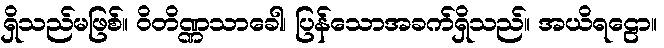
ရှိသည်မဖြစ်။ ဝိတိဏ္ဏသာခေါ၊ ပြန်သောအခက်ရှိသည်။ အယိရဠော။